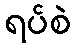
ရပ်စဲ